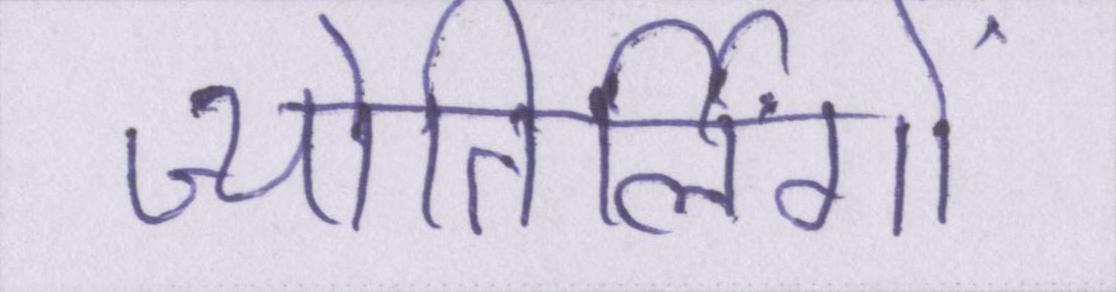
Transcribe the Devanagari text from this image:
ज्योतिर्लिंगों